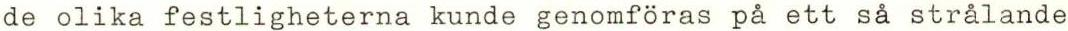
de olika festligheterna kunde genomföras på ett så strålande